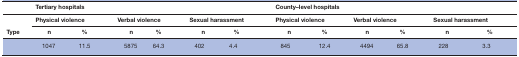
<table><thead><tr><td></td><td colspan="6"><b>Tertiary hospitals</b></td><td colspan="6"><b>County–level hospitals</b></td></tr><tr><td rowspan="2"><b>Type</b></td><td colspan="2"><b>Physical violence</b></td><td colspan="2"><b>Verbal violence</b></td><td colspan="2"><b>Sexual harassment</b></td><td colspan="2"><b>Physical violence</b></td><td colspan="2"><b>Verbal violence</b></td><td colspan="2"><b>Sexual harassment</b></td></tr><tr><td><b>n</b></td><td><b> %</b></td><td><b>n</b></td><td><b> %</b></td><td><b>n</b></td><td><b> %</b></td><td><b>n</b></td><td><b> %</b></td><td><b>n</b></td><td><b> %</b></td><td><b>n</b></td><td><b> %</b></td></tr></thead><tbody><tr><td></td><td>1047</td><td>11.5</td><td>5875</td><td>64.3</td><td>402</td><td>4.4</td><td>845</td><td>12.4</td><td>4494</td><td>65.8</td><td>228</td><td>3.3</td></tr></tbody></table>